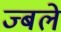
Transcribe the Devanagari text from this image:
ज्बले